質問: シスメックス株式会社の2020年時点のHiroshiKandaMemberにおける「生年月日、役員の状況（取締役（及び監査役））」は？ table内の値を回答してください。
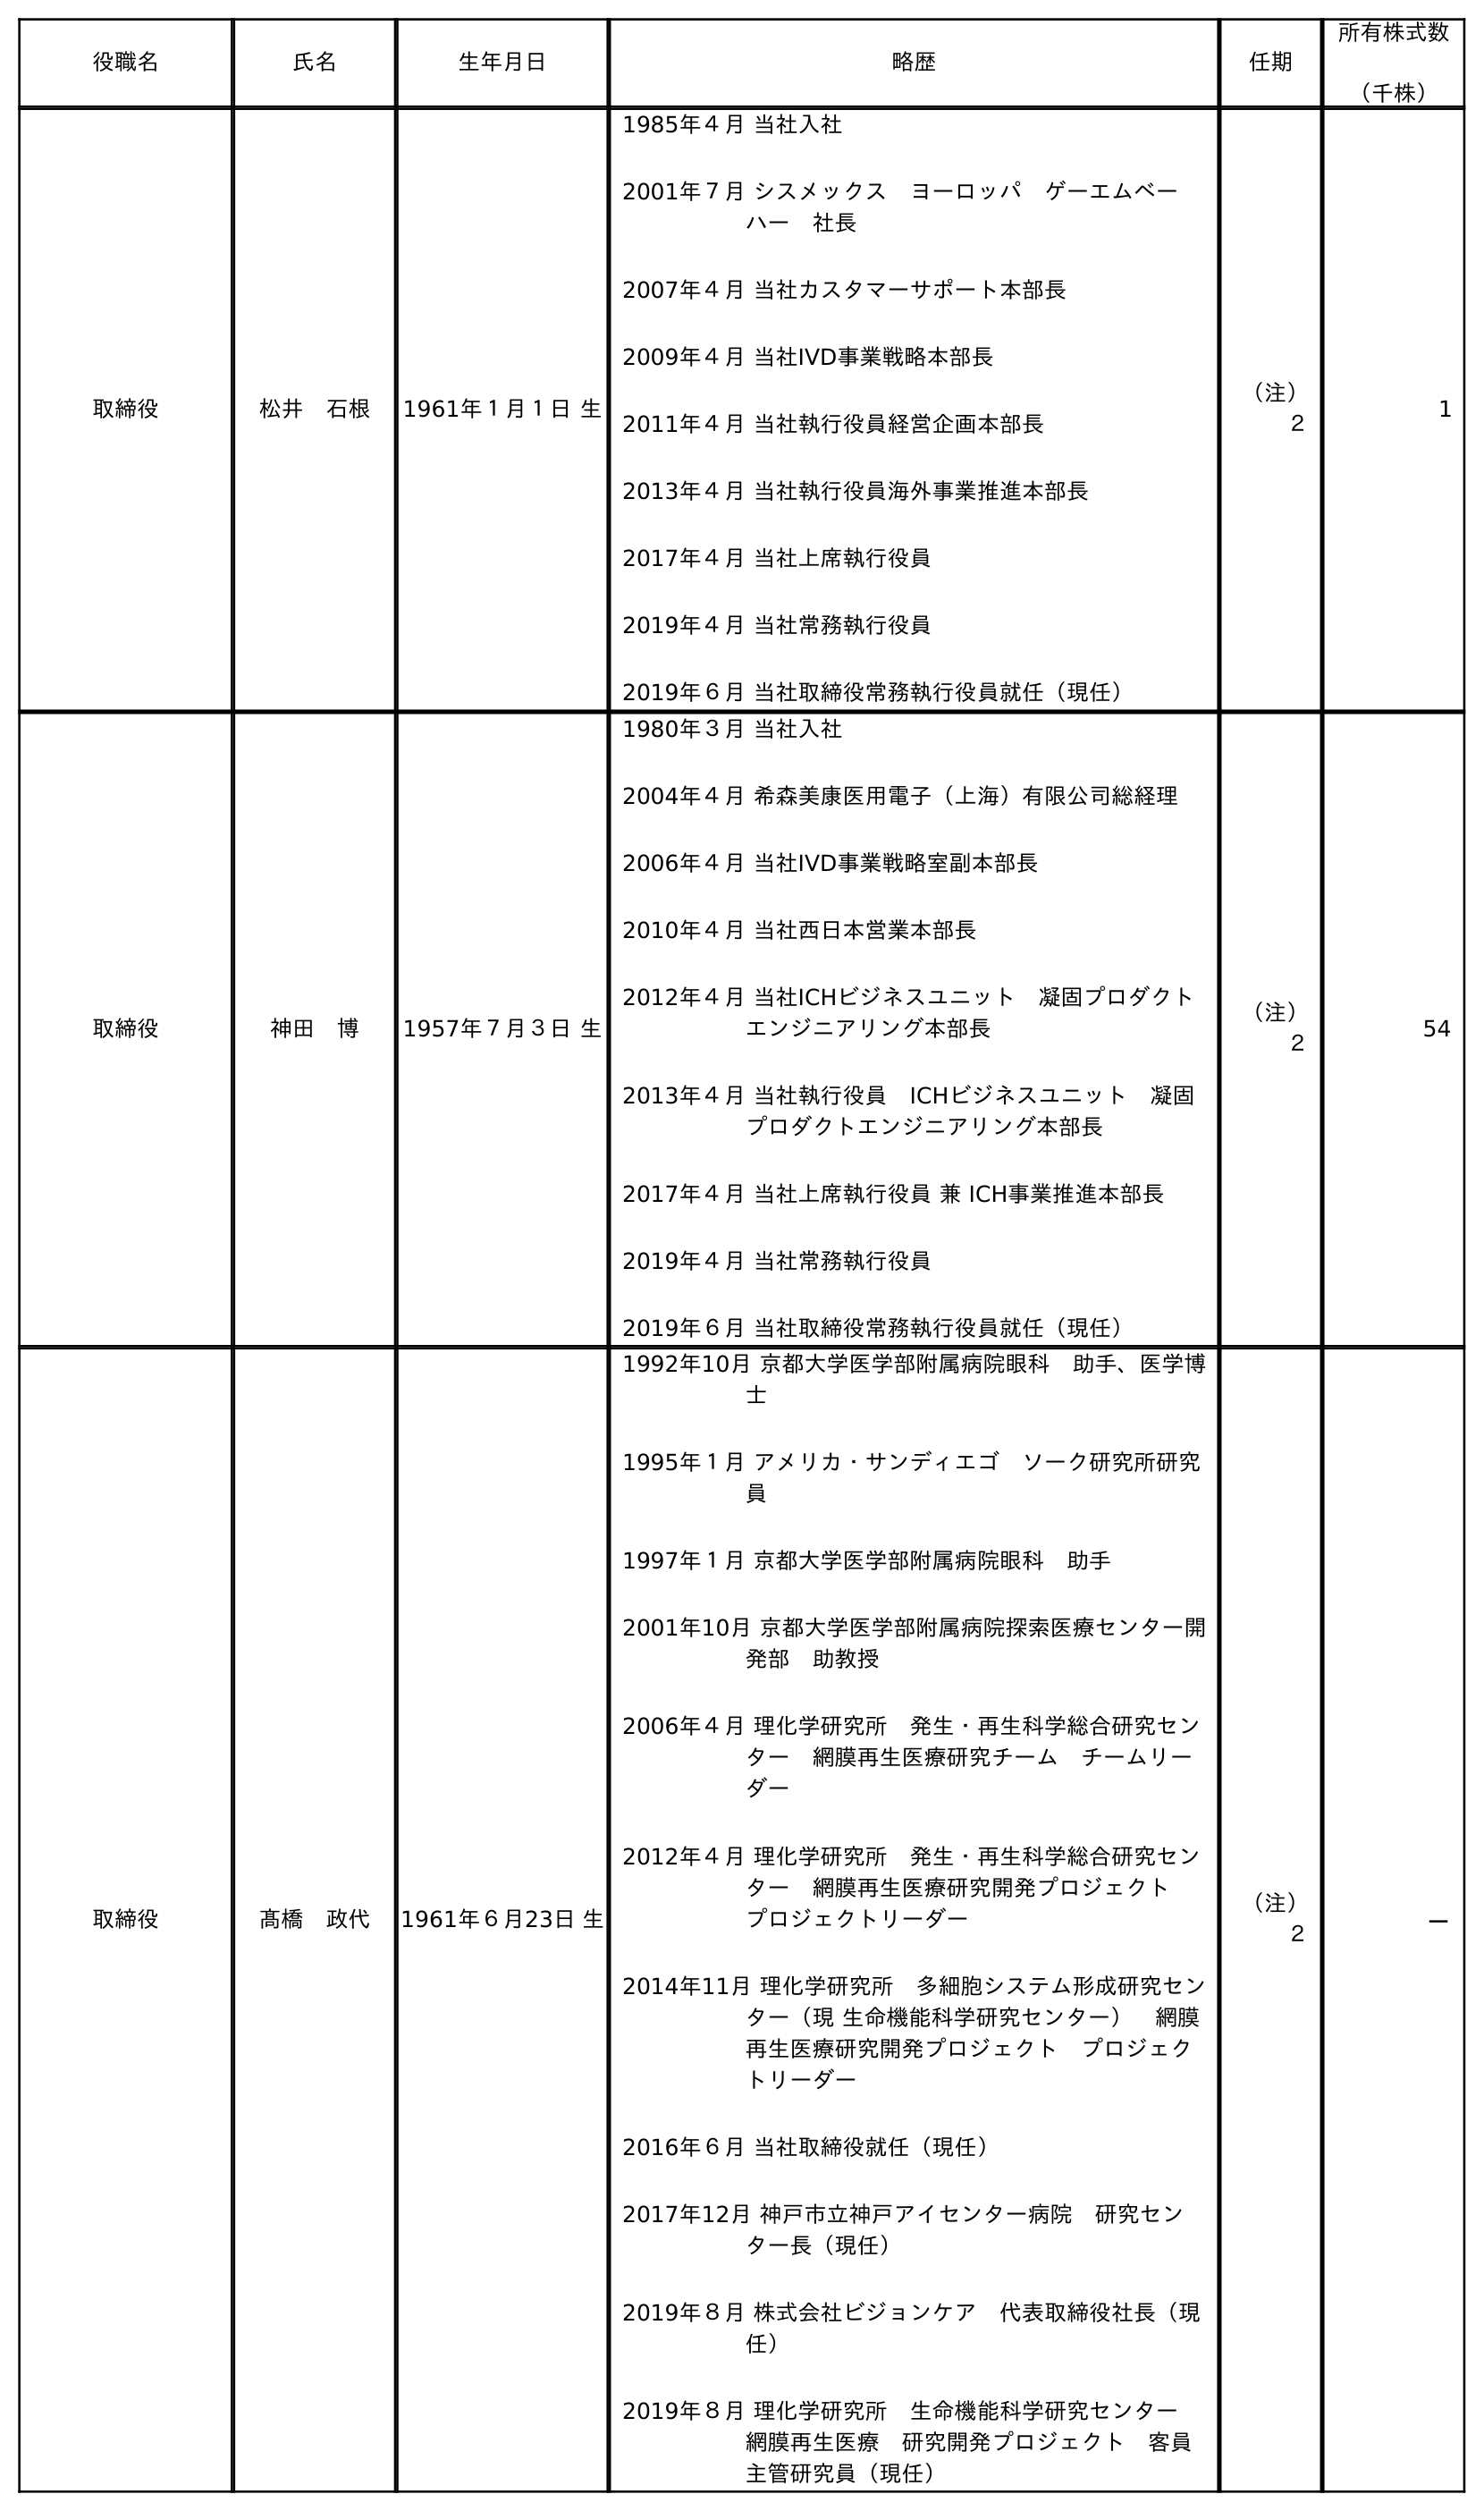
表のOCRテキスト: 役職名 氏名 生年月日 略歴 任期 所有株式数 （千株） 取締役 松井 石根 1961年１月１日 生 1985年４月 当社入社 2001年７月 シスメックス ヨーロッパ ゲーエムベー ハー 社長 2007年４月 当社カスタマーサポート本部長 2009年４月 当社IVD事業戦略本部長 2011年４月 当社執行役員経営企画本部長 2013年４月 当社執行役員海外事業推進本部長 2017年４月 当社上席執行役員 2019年４月 当社常務執行役員 2019年６月 当社取締役常務執行役員就任（現任） （注） ２ 1 取締役 神田 博 1957年７月３日 生 1980年３月 当社入社 2004年４月 希森美康医用電子（上海）有限公司総経理 2006年４月 当社IVD事業戦略室副本部長 2010年４月 当社西日本営業本部長 2012年４月 当社ICHビジネスユニット 凝固プロダクト エンジニアリング本部長 2013年４月 当社執行役員 ICHビジネスユニット 凝固 プロダクトエンジニアリング本部長 2017年４月 当社上席執行役員 兼 ICH事業推進本部長 2019年４月 当社常務執行役員 2019年６月 当社取締役常務執行役員就任（現任） （注） ２ 54 取締役 髙橋 政代 1961年６月23日 生 1992年10月 京都大学医学部附属病院眼科 助手、医学博 士 1995年１月 アメリカ・サンディエゴ ソーク研究所研究 員 1997年１月 京都大学医学部附属病院眼科 助手 2001年10月 京都大学医学部附属病院探索医療センター開 発部 助教授 2006年４月 理化学研究所 発生・再生科学総合研究セン ター 網膜再生医療研究チーム チームリー ダー 2012年４月 理化学研究所 発生・再生科学総合研究セン ター 網膜再生医療研究開発プロジェクト  プロジェクトリーダー 2014年11月 理化学研究所 多細胞システム形成研究セン ター（現 生命機能科学研究センター） 網膜 再生医療研究開発プロジェクト プロジェク トリーダー 2016年６月 当社取締役就任（現任） 2017年12月 神戶市立神戶アイセンター病院 研究セン ター長（現任） 2019年８月 株式会社ビジョンケア 代表取締役社長（現 任） 2019年８月 理化学研究所 生命機能科学研究センター  網膜再生医療 研究開発プロジェクト 客員 主管研究員（現任） （注） ２ －
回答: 1957年７月３日生